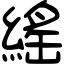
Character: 䌊